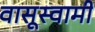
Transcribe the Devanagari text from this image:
वासूस्वामी